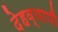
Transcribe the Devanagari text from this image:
देहव्यापी